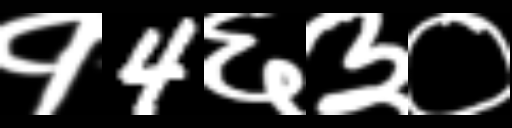
Text: १4६३०